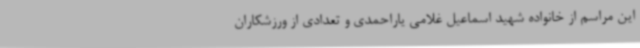
این مراسم از خانواده شهید اسماعیل غلامی یاراحمدی و تعدادی از ورزشکاران